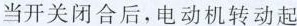
当开关闭合后，电动机转动起